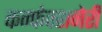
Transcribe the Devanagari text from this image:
कन्फेक्शनेरी